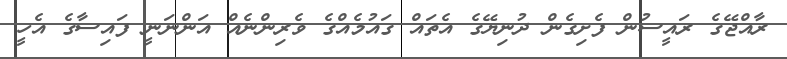
ރާއްޖޭގެ ރައީސުން ފެށިގެން ދުނިޔޭގެ އެތައް ގައުމެއްގެ ވެރިންނެއް އަންނަނީ ފައިސާގެ އެހީ